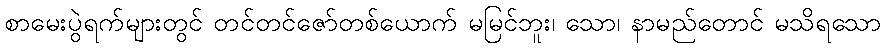
စာမေးပွဲရက်များတွင် တင်တင်ဇော်တစ်ယောက် မမြင်ဘူး၊ သော၊ နာမည်တောင် မသိရသော